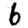
Digit: 6